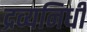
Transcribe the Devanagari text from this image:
द्रव्यनिधी